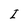
Character: I